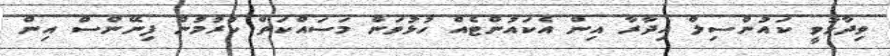
ވިދާޅުވީ ކައުންސިލް އިދާރާ އިން އެކައުންޓެއް ހުޅުވަން މަސައްކަތް ކުރުމުން ފިނޭންސް އިން